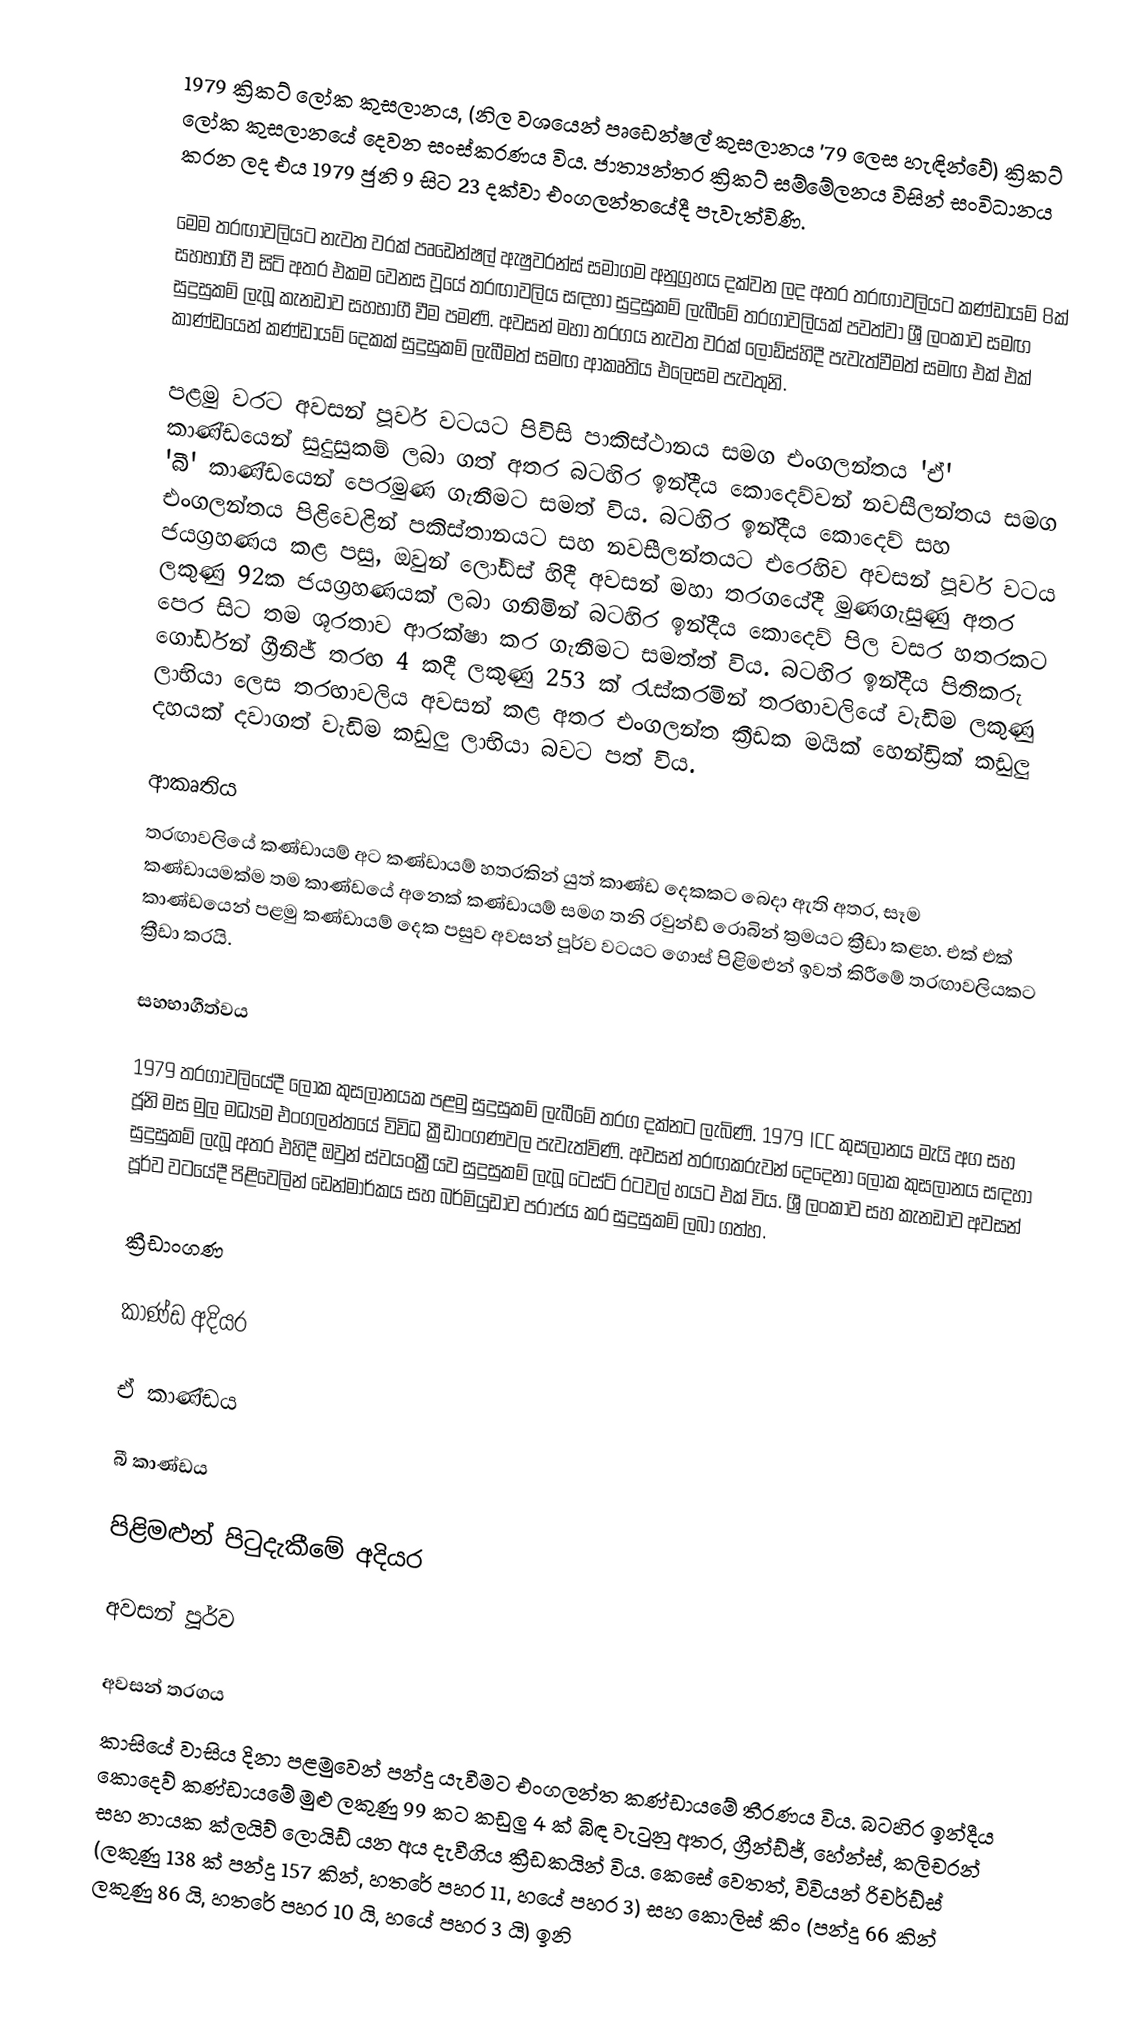
1979 ක්‍රිකට් ලෝක කුසලානය, (නිල වශයෙන් පෘඩෙන්ෂල් කුසලානය '79 ලෙස හැඳින්වේ) ක්‍රිකට් ලෝක කුසලානයේ දෙවන සංස්කරණය විය. ජාත්‍යන්තර ක්‍රිකට් සම්මේලනය විසින් සංවිධානය කරන ලද එය 1979 ජුනි 9 සිට 23 දක්වා එංගලන්තයේදී පැවැත්විණි.

මෙම තරඟාවලියට නැවත වරක්  පෘඩෙන්ෂල් ඇෂුවරන්ස් සමාගම අනුග්‍රහය දක්වන ලද අතර තරඟාවලියට කණ්ඩායම් 8ක් සහභාගී වී සිටි අතර එකම වෙනස වූයේ තරඟාවලිය සඳහා සුදුසුකම් ලැබීමේ තරගාවලියක් පවත්වා ශ්‍රී ලංකාව සමඟ සුදුසුකම් ලැබූ කැනඩාව සහභාගී වීම පමණි. අවසන් මහා තරගය නැවත වරක් ලෝඩ්ස්හිදී පැවැත්වීමත් සමඟ එක් එක් කාණ්ඩයෙන් කණ්ඩායම් දෙකක් සුදුසුකම් ලැබීමත් සමඟ ආකෘතිය එලෙසම පැවතුනි.

පළමු වරට අවසන් පූර්ව වටයට පිවිසි පාකිස්ථානය සමග එංගලන්තය 'ඒ' කාණ්ඩයෙන් සුදුසුකම් ලබා ගත් අතර බටහිර ඉන්දීය කොදෙව්වන් නවසීලන්තය සමග 'බී' කාණ්ඩයෙන් පෙරමුණ ගැනීමට සමත් විය. බටහිර ඉන්දීය කොදෙව් සහ එංගලන්තය පිළිවෙළින් පකිස්තානයට සහ නවසීලන්තයට එරෙහිව අවසන් පූර්ව වටය ජයග්‍රහණය කළ පසු, ඔවුන් ලෝඩ්ස් හිදී අවසන් මහා තරගයේදී මුණගැසුණු අතර ලකුණු 92ක ජයග්‍රහණයක් ලබා ගනිමින් බටහිර ඉන්දීය කොදෙව් පිල වසර හතරකට පෙර සිට තම ශූරතාව ආරක්ෂා කර ගැනීමට සමත්ත් විය. බටහිර ඉන්දීය පිතිකරු ගෝර්ඩන් ග්‍රීනිජ් තරඟ 4 කදී ලකුණු 253 ක් රැස්කරමින් තරඟාවලියේ වැඩිම ලකුණු ලාභියා ලෙස තරඟාවලිය අවසන් කළ අතර එංගලන්ත ක්‍රීඩක මයික් හෙන්ඩ්‍රික් කඩුලු දහයක් දවාගත් වැඩිම කඩුලු ලාභියා බවට පත් විය.

ආකෘතිය
තරඟාවලියේ කණ්ඩායම් අට කණ්ඩායම් හතරකින් යුත් කාණ්ඩ දෙකකට බෙදා ඇති අතර, සෑම කණ්ඩායමක්ම තම කාණ්ඩයේ අනෙක් කණ්ඩායම් සමග තනි රවුන්ඩ් රොබින් ක්‍රමයට ක්‍රීඩා කළහ. එක් එක් කාණ්ඩයෙන් පළමු කණ්ඩායම් දෙක පසුව අවසන් පූර්ව වටයට ගොස් පිළිමළුන් ඉවත් කිරීමේ තරඟාවලියකට ක්‍රීඩා කරයි.

සහභාගීත්වය

1979 තරගාවලියේදී ලෝක කුසලානයක පළමු සුදුසුකම් ලැබීමේ තරග දක්නට ලැබිණි. 1979 ICC කුසලානය මැයි අග සහ ජූනි මස මුල මධ්‍යම එංගලන්තයේ විවිධ ක්‍රීඩාංගණවල පැවැත්විණි. අවසන් තරඟකරුවන් දෙදෙනා ලෝක කුසලානය සඳහා සුදුසුකම් ලැබූ අතර එහිදී ඔවුන් ස්වයංක්‍රීයව සුදුසුකම් ලැබූ ටෙස්ට් රටවල් හයට එක් විය. ශ්‍රී ලංකාව සහ කැනඩාව අවසන් පූර්ව වටයේදී පිළිවෙලින් ඩෙන්මාර්කය සහ බර්මියුඩාව පරාජය කර සුදුසුකම් ලබා ගත්හ.

ක්‍රීඩාංගණ

කාණ්ඩ අදියර

ඒ කාණ්ඩය

බී කාණ්ඩය

පිළිමළුන් පිටුදැකීමේ අදියර

අවසන් පූර්ව

අවසන් තරගය
කාසියේ වාසිය දිනා පළමුවෙන් පන්දු යැවීමට එංගලන්ත කණ්ඩායමේ තීරණය විය. බටහිර ඉන්දීය කොදෙව් කණ්ඩායමේ මුළු ලකුණු 99 කට කඩුලු 4 ක් බිඳ වැටුනු අතර, ග්‍රීන්ඩ්ජ්, හේන්ස්, කලිචරන් සහ නායක ක්ලයිව් ලොයිඩ් යන අය දැවීගිය ක්‍රීඩකයින් විය. කෙසේ වෙතත්, විවියන් රිචර්ඩ්ස්  (ලකුණු 138 ක් පන්දු 157 කින්, හතරේ පහර 11, හයේ පහර 3) සහ කොලිස් කිං (පන්දු 66 කින් ලකුණු 86 යි, හතරේ පහර 10 යි, හයේ පහර 3 යි) ඉනි